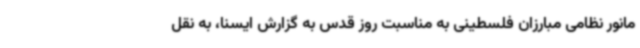
مانور نظامی مبارزان فلسطینی به مناسبت روز قدس به گزارش ایسنا، به نقل